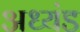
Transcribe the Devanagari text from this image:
अध्यंड